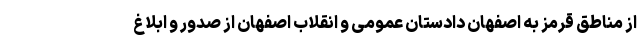
از مناطق قرمز به اصفهان دادستان عمومی و انقلاب اصفهان از صدور و ابلاغ